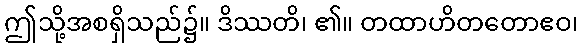
ဤသို့အစရှိသည်၌။ ဒိဿတိ၊ ၏။ တထာဟိတတောဧဝ၊